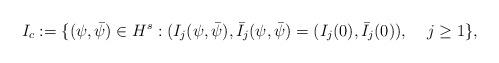
LaTeX: \begin{align*}I_c &:= \{ (\psi,\bar\psi) \in H^s : (I_j(\psi,\bar\psi),\bar I_j(\psi,\bar\psi) = (I_j(0),\bar I_j(0) ), \; \; \; \; j \geq 1 \},\end{align*}